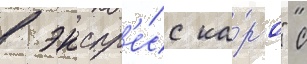
в экспр'е́сс ка́рго" с